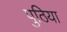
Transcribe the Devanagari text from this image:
पुठिया